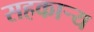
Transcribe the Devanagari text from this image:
सहकार्‍य